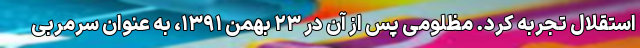
استقلال تجربه کرد. مظلومی پس از آن در ۲۳ بهمن ۱۳۹۱، به عنوان سرمربی